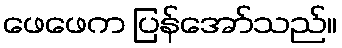
ဖေဖေက ပြန်အော်သည်။